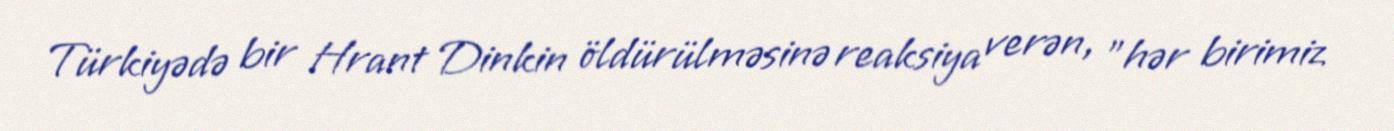
Türkiyədə bir Hrant Dinkin öldürülməsinə reaksiya verən, ”hər birimiz